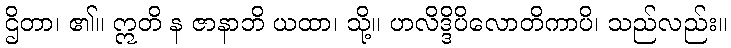
ဌိတာ၊ ၏။ ဣတိ န ဇာနာဘိ ယထာ၊ သို့။ ဟလိဒ္ဒိပိလောတိကာပိ၊ သည်လည်း။